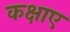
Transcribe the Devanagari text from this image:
कक्षाए